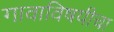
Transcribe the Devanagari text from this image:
गावाविषयीचा